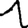
Digit: 1